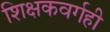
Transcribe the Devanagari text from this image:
शिक्षकवर्गही